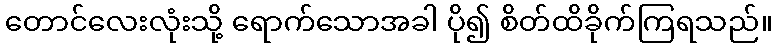
တောင်လေးလုံးသို့ ရောက်သောအခါ ပို၍ စိတ်ထိခိုက်ကြရသည်။